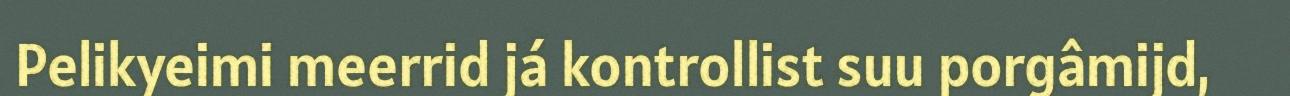
Pelikyeimi meerrid já kontrollist suu porgâmijd,